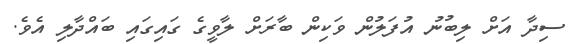
ސިދާ އަށް ލިބުނު އުފަލުން ވަކިން ބާރަށް ލާވީގެ ގައިގައި ބައްދާލި އެވެ.